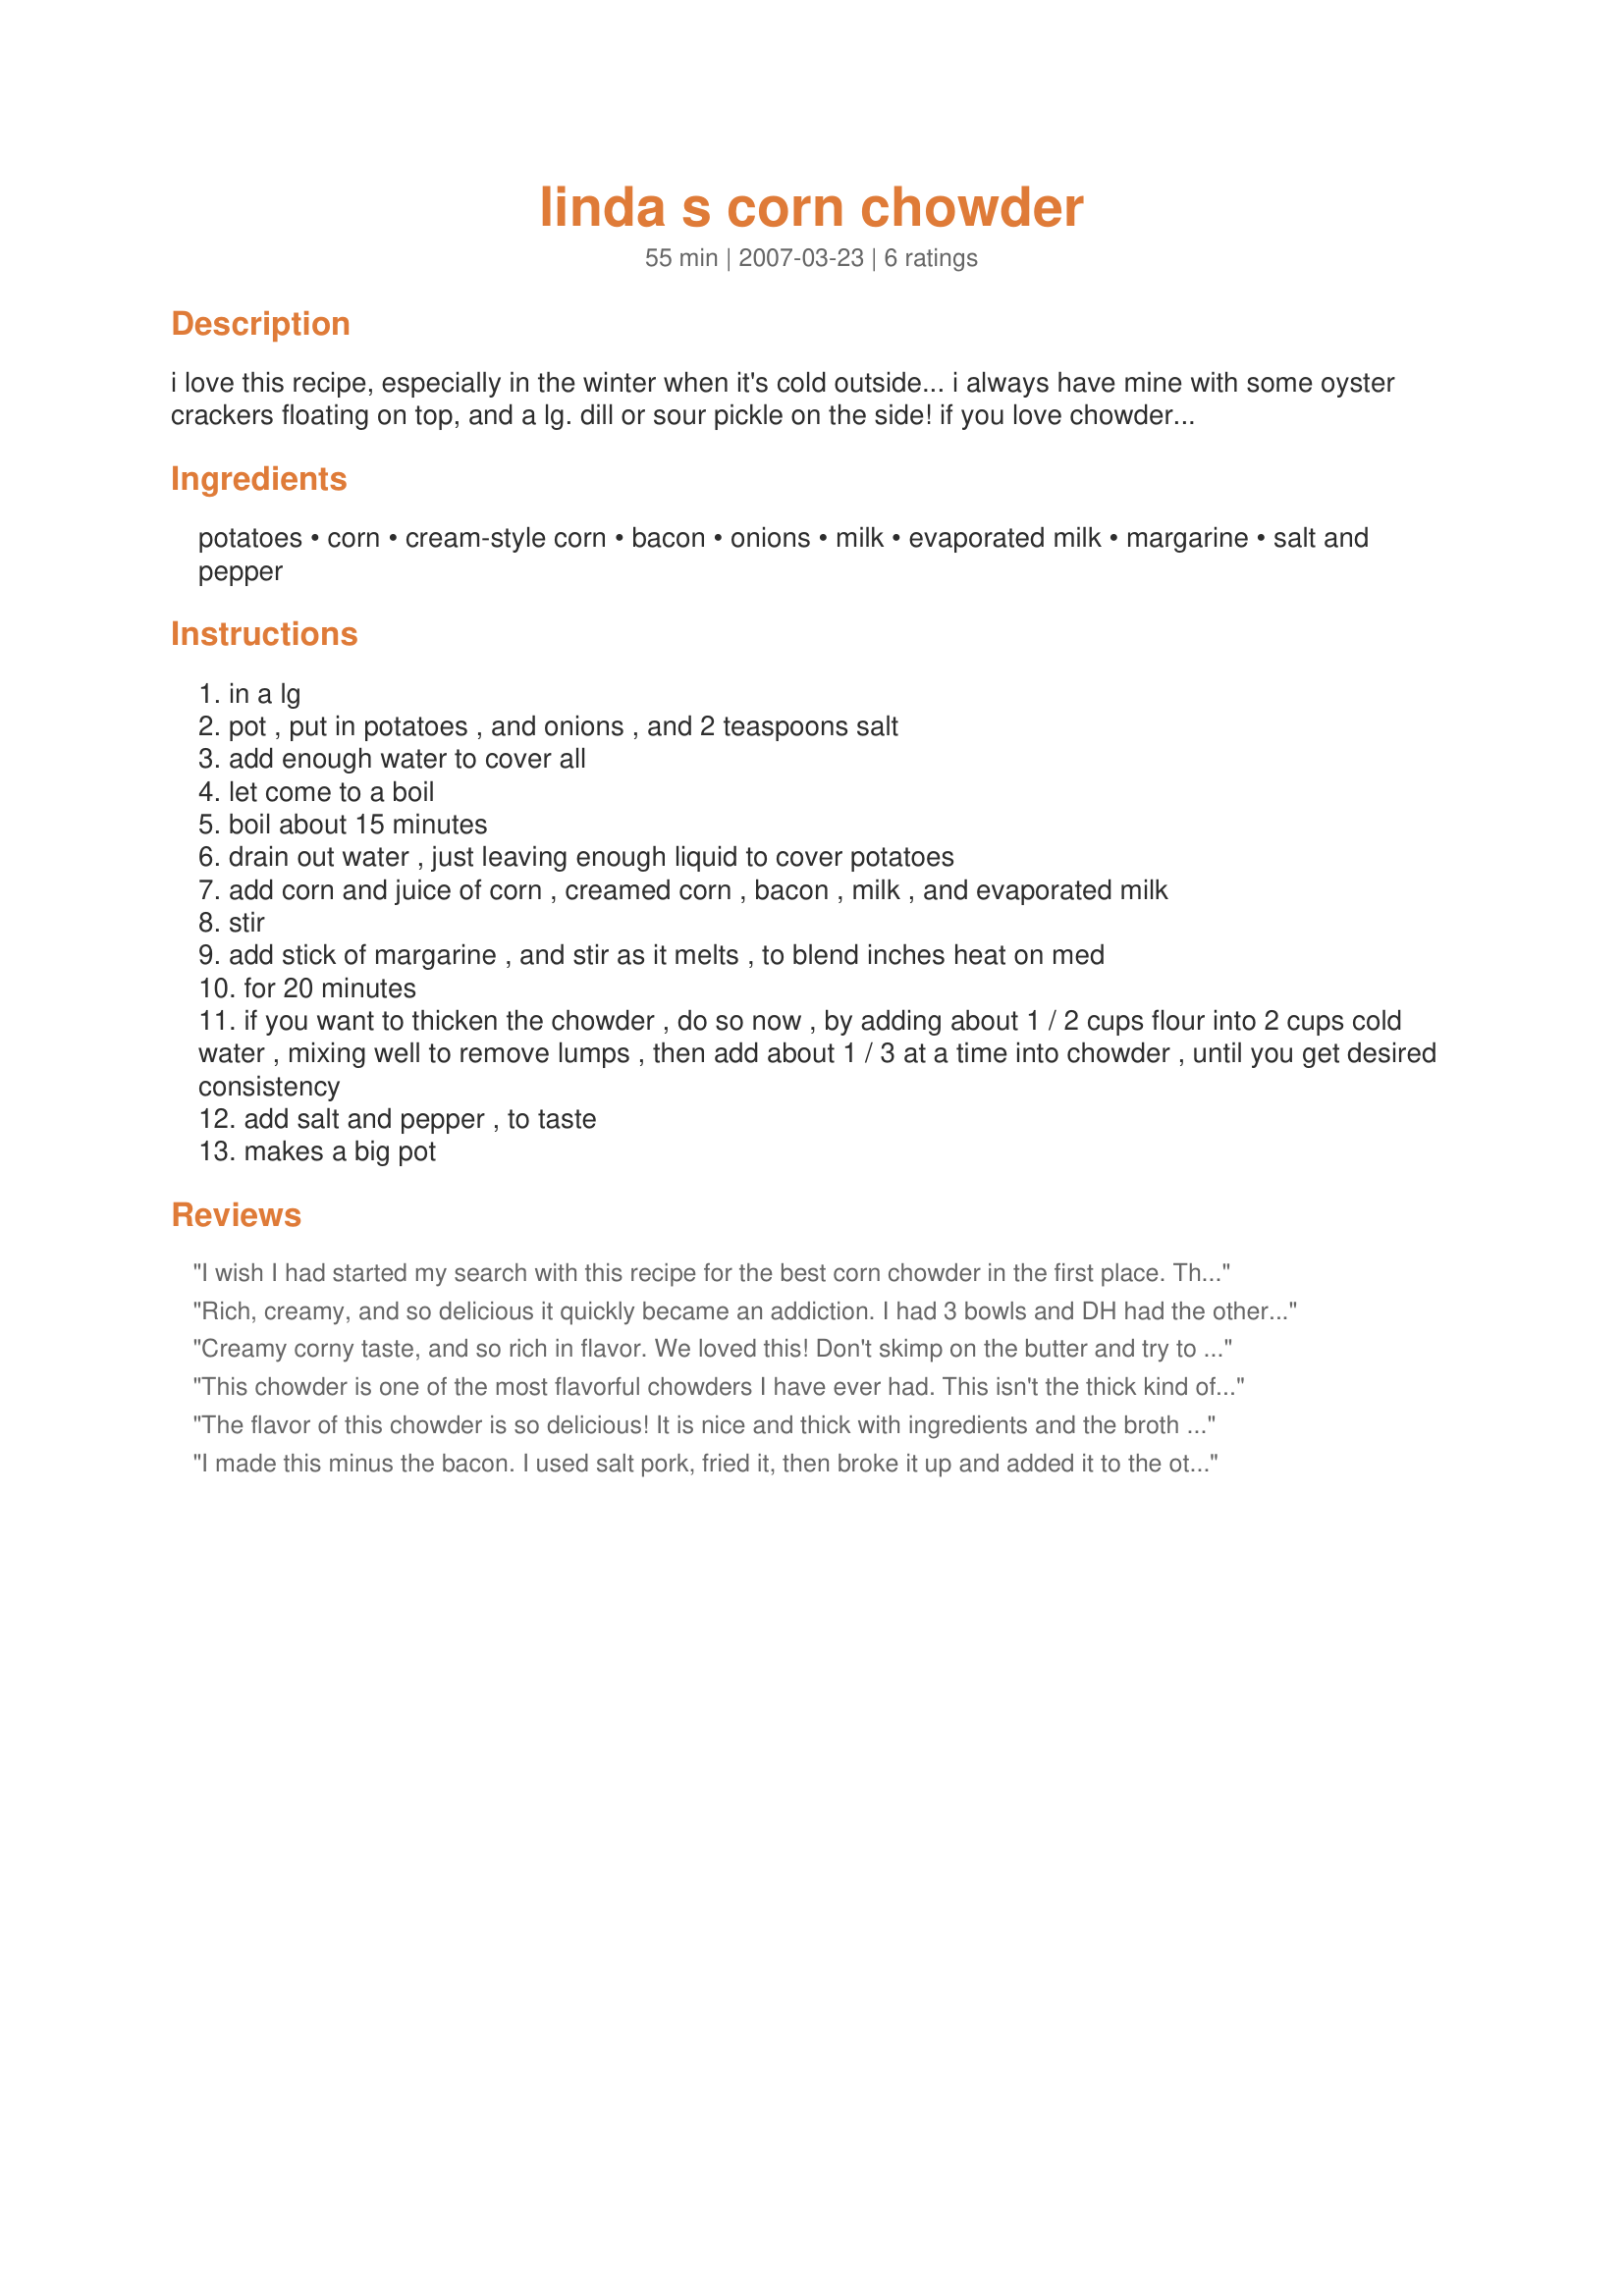
linda s corn chowder
Preparation time: 55 minutes

i love this recipe, especially in the winter when it's cold outside... i always have mine with some oyster crackers floating on top, and a lg. dill or sour pickle on the side! if you love chowders, then this one will "hit the spot"! if thickened, this is wonderful in a bread bowl too.

Ingredients:
potatoes, corn, cream-style corn, bacon, onions, milk, evaporated milk, margarine, salt and pepper

Steps:
in a lg
pot , put in potatoes , and onions , and 2 teaspoons salt
add enough water to cover all
let come to a boil
boil about 15 minutes
drain out water , just leaving enough liquid to cover potatoes
add corn and juice of corn , creamed corn , bacon , milk , and evaporated milk
stir
add stick of margarine , and stir as it melts , to blend inches heat on med
for 20 minutes
if you want to thicken the chowder , do so now , by adding about 1 / 2 cups flour into 2 cups cold water , mixing well to remove lumps , then add about 1 / 3 at a time into chowder , until you get desired consistency
add salt and pepper , to taste
makes a big pot

Reviews:
I wish I had started my search with this recipe for the best corn chowder in the first place. This chowder is everything I was looking for. The broth was rich and full of corn and potatoes. Creamy from the creamed corn, evaporated milk and butter, tasty from the onions and bacon and corn, and I loved the option here that you can make it thick or thin, so everyone is satisfied when they make it! Excellent choice for us. The chowder was even better the next day after sitting for the flavors to intensify. I brought some to work and it smelled so good in the microwave, everyone was coming in and asking who the lucky one was! Thanks for sharing. Mike
Rich, creamy, and so delicious it quickly became an addiction. I had 3 bowls and DH had the other 3 bowls!!! This will be eaten again and again, as we couldn't get enough! Into my favorites it goes!
Creamy corny taste, and so rich in flavor. We loved this! Don't skimp on the butter and try to change the recipe, because the flavors are perfect! I didn't thicken it because we love the rich milky broth so we can spread our oyster crackers across the top and watch them float! This sure did it for us on another cold winter night, and was so comforting to our tummys. We all loved this chowda! Thanks for sharing!
This chowder is one of the most flavorful chowders I have ever had. This isn't the thick kind of chowder but the New England style Corn Chowder the way it's supposed to be! Rich in flavor and so good!
The flavor of this chowder is so delicious! It is nice and thick with ingredients and the broth has so much flavor, I found myself spooning out the broth to eat first! You can thicken it if you like, but I prefer it just the way it is! I used salt pork instead of the bacon and it made it taste so yummy! DH suggested that I make this again next week he liked it so well!
I made this minus the bacon. I used salt pork, fried it, then broke it up and added it to the other stuff. Oh what flavor this chowder had! So rich, and delicious. Don't change a thing. It's perfect the way it's written here!
